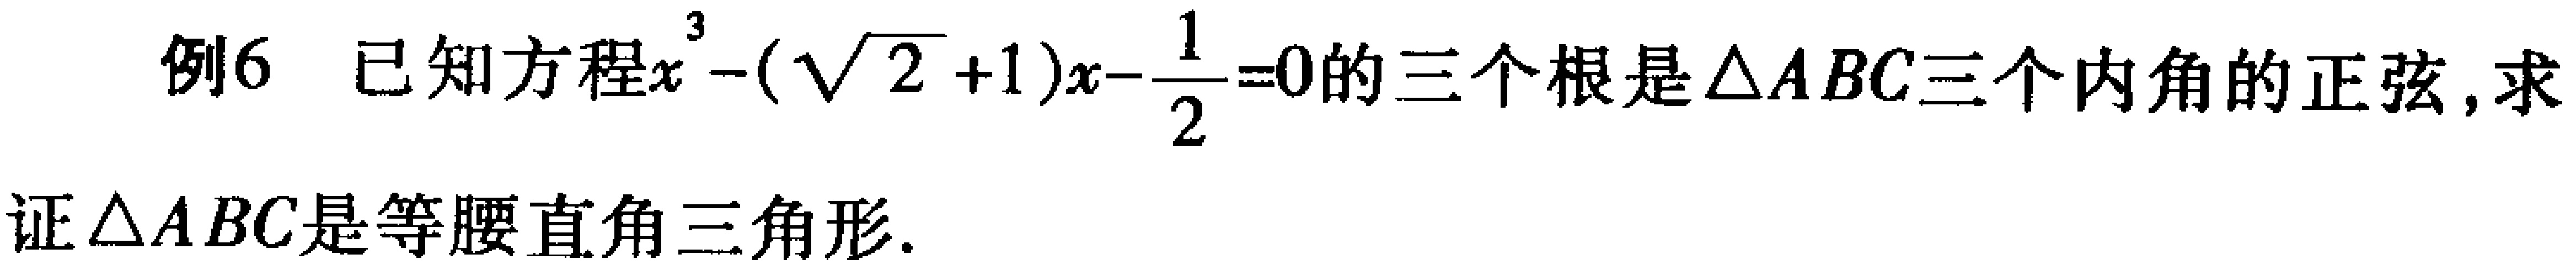
例6 已知方程\(x^{3}-(\sqrt{2} + 1)x-\frac{1}{2}=0\)的三个根是\(\triangle ABC\)三个内角的正弦，求

证\(\triangle ABC\)是等腰直角三角形.